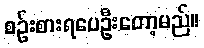
စဉ်းစားရပေဦးတော့မည်။